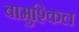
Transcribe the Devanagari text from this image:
बामुश्किल